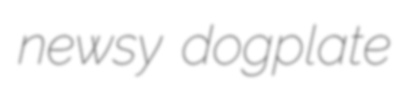
newsy dogplate